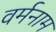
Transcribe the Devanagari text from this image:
वर्मनाम